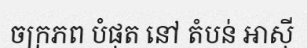
ចក្រភព បំផុត នៅ តំបន់ អាស៊ី